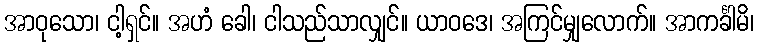
အာဝုသော၊ ငါ့ရှင်။ အဟံ ခေါ၊ ငါသည်သာလျှင်။ ယာဝဒေ၊ အကြင်မျှလောက်။ အာကင်္ခါမိ၊